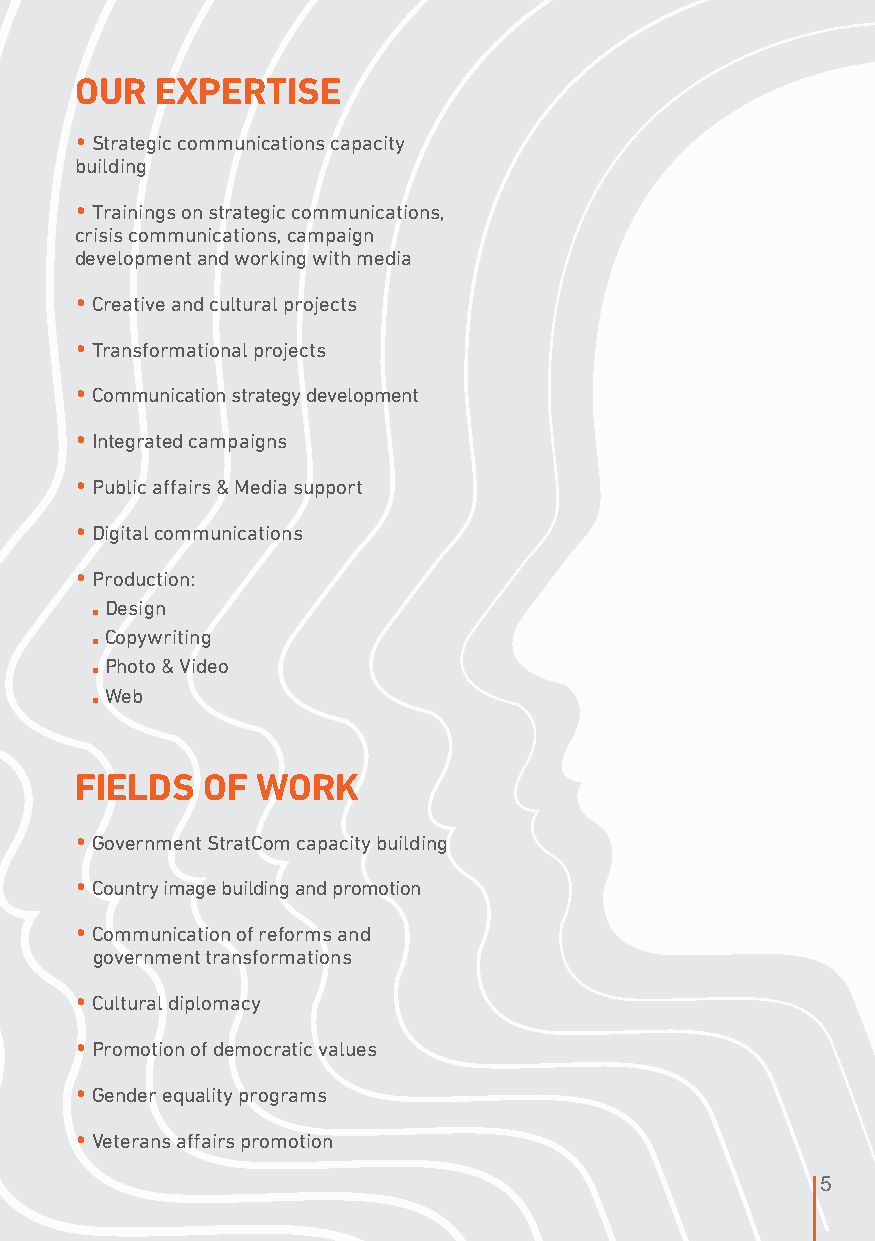
OUR  EXPERTISE
 • Strategic communications capacity
 building
 • Trainings on strategic communications,
 crisis communications, campaign
 development and working with media
 • Creative and cultural projects
 • Transformational projects
 • Communication strategy development
 • Integrated campaigns
 • Public affairs & Media support
 • Digital communications
 • Production:
 Design
 ■
 Copywriting
 ■
 Photo & Video
 ■
 Web
 ■
 FIELDS  OF  WORK
 • Government StratCom capacity building
 • Country image building and promotion
 • Communication of reforms and
 government transformations
 • Cultural diplomacy
 • Promotion of democratic values
 • Gender equality programs
 • Veterans affairs promotion
 5